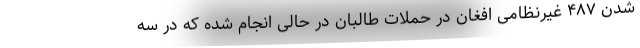
شدن ۴۸۷ غیرنظامی افغان در حملات طالبان در حالی انجام شده که در سه